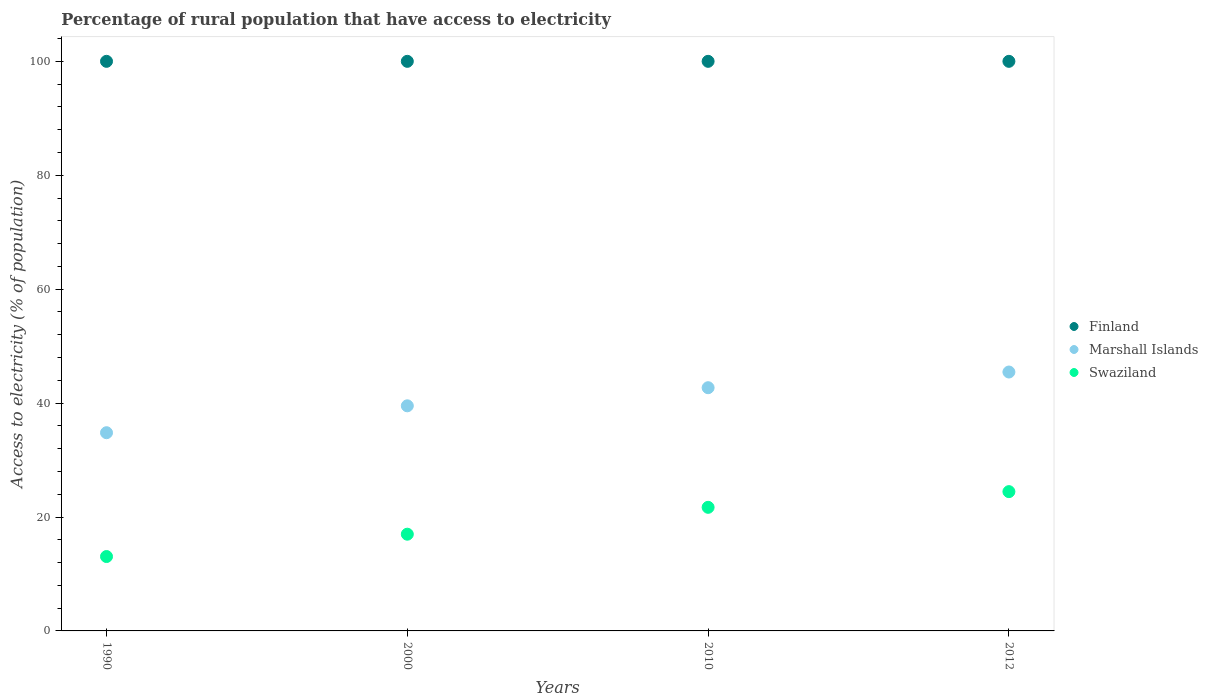
| Years | Finland | Marshall Islands | Swaziland |
 | --- | --- | --- | --- |
 | 1990 | 100 | 34.8 | 13.1 |
 | 2000 | 100 | 39.5 | 17 |
 | 2010 | 100 | 42.7 | 21.7 |
 | 2012 | 100 | 45.5 | 24.5 |